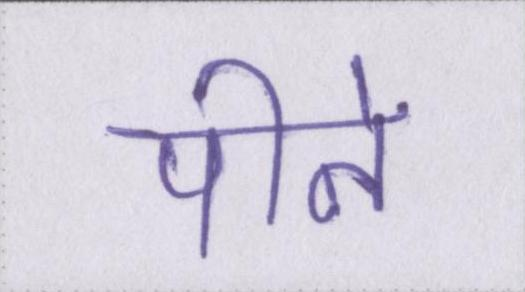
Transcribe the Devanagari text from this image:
पीने